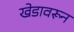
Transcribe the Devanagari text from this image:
खेडावरून